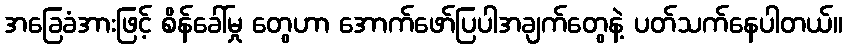
အခြေခံအားဖြင့် စိန်ခေါ်မှု တွေဟာ အောက်ဖော်ပြပါအချက်တွေနဲ့ ပတ်သက်နေပါတယ်။